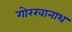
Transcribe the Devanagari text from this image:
गोरखानाथ